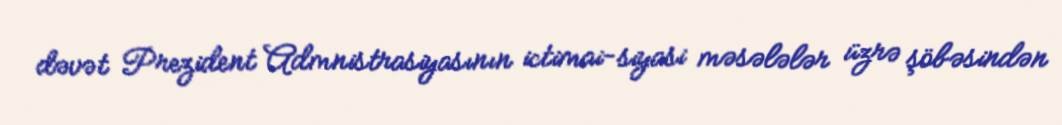
dəvət Prezident Admnistrasiyasının ictimai-siyasi məsələlər üzrə şöbəsindən